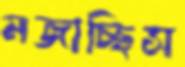
মজাচ্ছিস